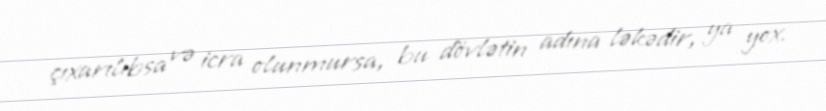
çıxarılıbsa və icra olunmursa, bu dövlətin adına ləkədir, ya yox.